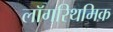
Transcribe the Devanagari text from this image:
लॉगरिथमिक